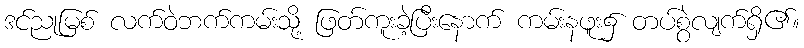
ဒင်ညုမြစ် လက်ဝဲဘက်ကမ်းသို့ ဖြတ်ကူးခဲ့ပြီးနောက် ကမ်းနဖူး၌ တပ်စွဲလျက်ရှိ၏။